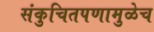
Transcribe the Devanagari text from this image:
संकुचितपणामुळेच